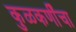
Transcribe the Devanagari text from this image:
कुळकर्णींचा